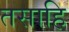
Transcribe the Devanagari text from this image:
तसाहि